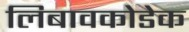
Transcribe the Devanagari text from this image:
लिबावकोडेक